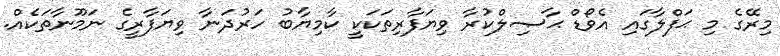
މިރޭގެ މި ޙަފްލާގައި އެވޯޑް ޙާޞިލްކުރާ ވިޔަފާރިތަކަކީ ކާމިޔާބު ހަރުދަނާ ވިޔަފާރީގެ ނަމޫނާތަކެއް.